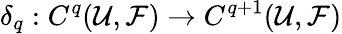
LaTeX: \delta_{q}:C^{q}({\mathcal{U}},{\mathcal{F}})\to C^{q+1}({\mathcal{U}},{\mathcal{F}})